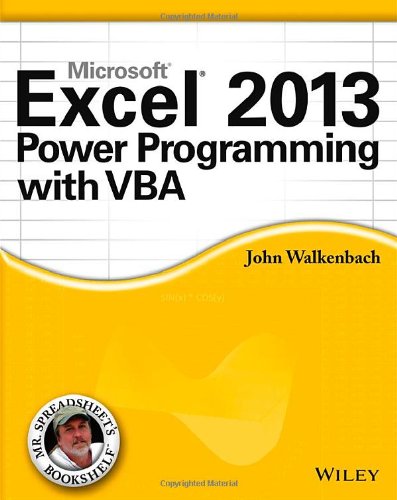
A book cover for Excel 2013 Power Programming with VBA; John Walkenbach; Computers & Technology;